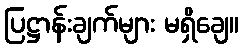
ပြဋ္ဌာန်းချက်များ မရှိချေ။